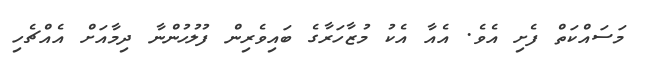
މަސައްކަތް ފެށި އެވެ. އެއާ އެކު މުޒާހަރާގެ ބައިވެރިން ފުލުހުންނާ ދިމާއަށް އެއްޗެހި